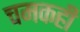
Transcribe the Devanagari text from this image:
चमकही